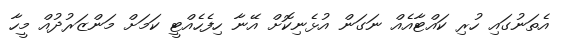
އެތަނުގައި ހުރި ކައްޓާއެއް ނަގަން އުޅެނިކޮށް އޭނާ ހިފެހެއްޓީ ކަމަށް މަންޒަރުދުއް މީހާ